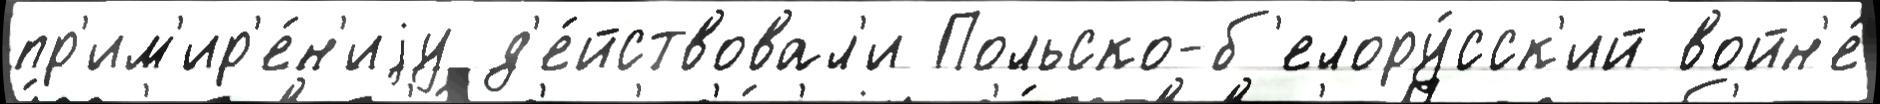
пр'им'ир'е́н'иjу д'е́йствовал'и Польско-б'елору́сск'ий войн'е́